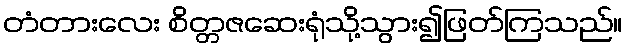
တံတားလေး စိတ္တဇဆေးရုံသို့သွား၍ဖြတ်ကြသည်။